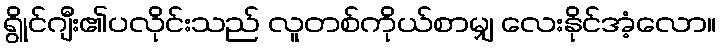
ရွိုင်ဂျီး၏ပလိုင်းသည် လူတစ်ကိုယ်စာမျှ လေးနိုင်အံ့လော။